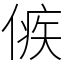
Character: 㑵